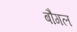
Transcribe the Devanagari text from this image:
बौगल